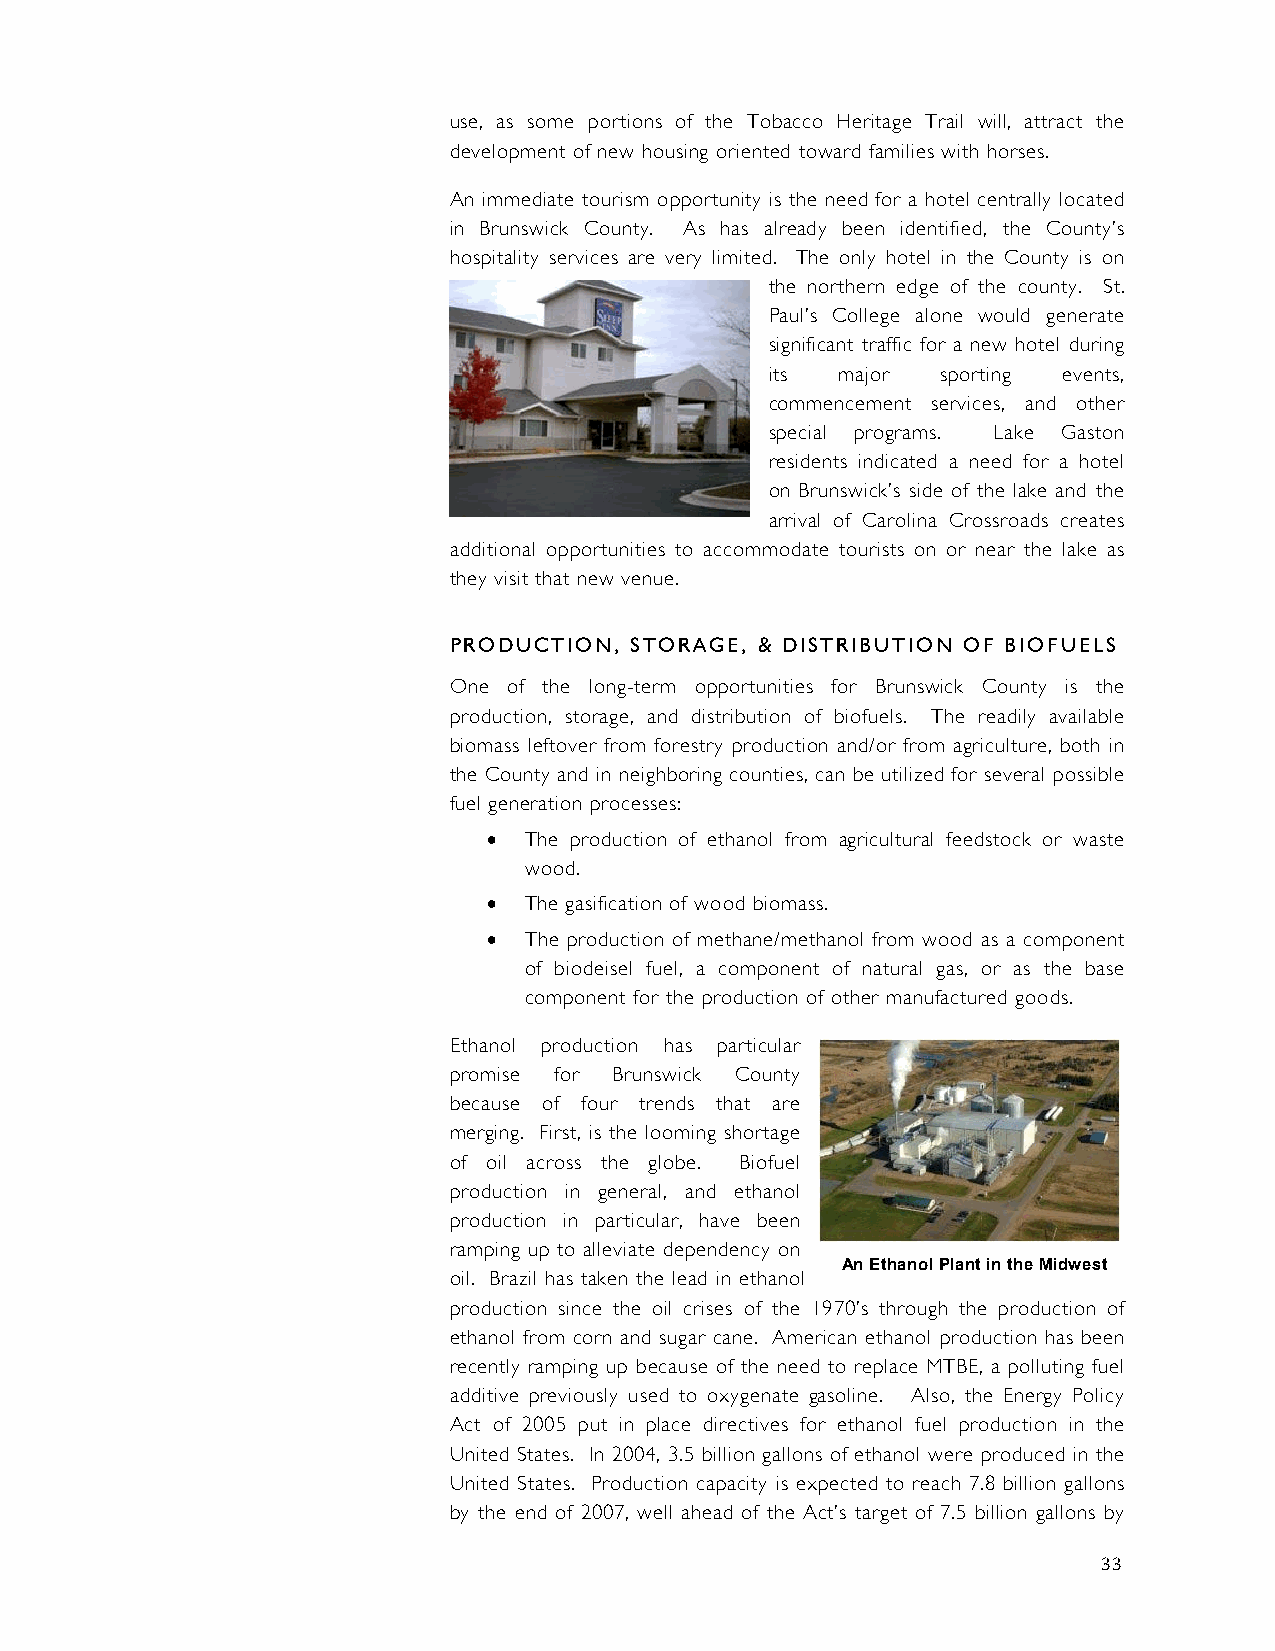
use, as some portions of the Tobacco Heritage Trail will, attract the
 development of new housing oriented toward families with horses.
 An immediate tourism opportunity is the need for a hotel centrally located
 in Brunswick County. As has already been identified, the County’s
 hospitality services are very limited. The only hotel in the County is on
 the northern edge of the county. St.
 Paul’s College alone would generate
 significant traffic for a new hotel during
 its  major sporting events,
 commencement services, and other
 special programs. Lake Gaston
 residents indicated a need for a hotel
 on Brunswick’s side of the lake and the
 arrival of Carolina Crossroads creates
 additional opportunities to accommodate tourists on or near the lake as
 they visit that new venue.
 PRODUCTION, STORAGE, & DISTRIBUTION OF BIOFUELS
 One of the long-term opportunities for Brunswick County is the
 production, storage, and distribution of biofuels. The readily available
 biomass leftover from forestry production and/or from agriculture, both in
 the County and in neighboring counties, can be utilized for several possible
 fuel generation processes:
 •  The production of ethanol from agricultural feedstock or waste
 wood.
 •  The gasification of wood biomass.
 •  The production of methane/methanol from wood as a component
 of biodeisel fuel, a component of natural gas, or as the base
 component for the production of other manufactured goods.
 Ethanol production has particular
 promise for Brunswick County
 because of four trends that are
 merging. First, is the looming shortage
 of oil across the globe. Biofuel
 production in general, and ethanol
 production in particular, have been
 ramping up to alleviate dependency on
 An Ethanol Plant in the Midwest
 oil. Brazil has taken the lead in ethanol
 production since the oil crises of the 1970’s through the production of
 ethanol from corn and sugar cane. American ethanol production has been
 recently ramping up because of the need to replace MTBE, a polluting fuel
 additive previously used to oxygenate gasoline. Also, the Energy Policy
 Act of 2005 put in place directives for ethanol fuel production in the
 United States. In 2004, 3.5 billion gallons of ethanol were produced in the
 United States. Production capacity is expected to reach 7.8 billion gallons
 by the end of 2007, well ahead of the Act’s target of 7.5 billion gallons by
 33